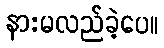
နားမလည်ခဲ့ပေ။